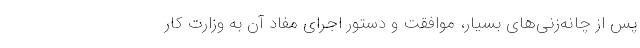
پس از چانه‌زنی‌های بسیار، موافقت و دستور اجرای مفاد آن به وزارت کار